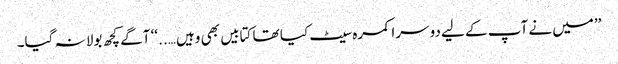
’’میں نے آپ کے لیے دوسرا کمرہ سیٹ کیا تھا کتابیں بھی وہیں …..‘‘ آگے کچھ بولا نہ گیا۔